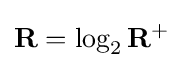
\mathbf {R} =\log _{2}\mathbf {R} ^{+}